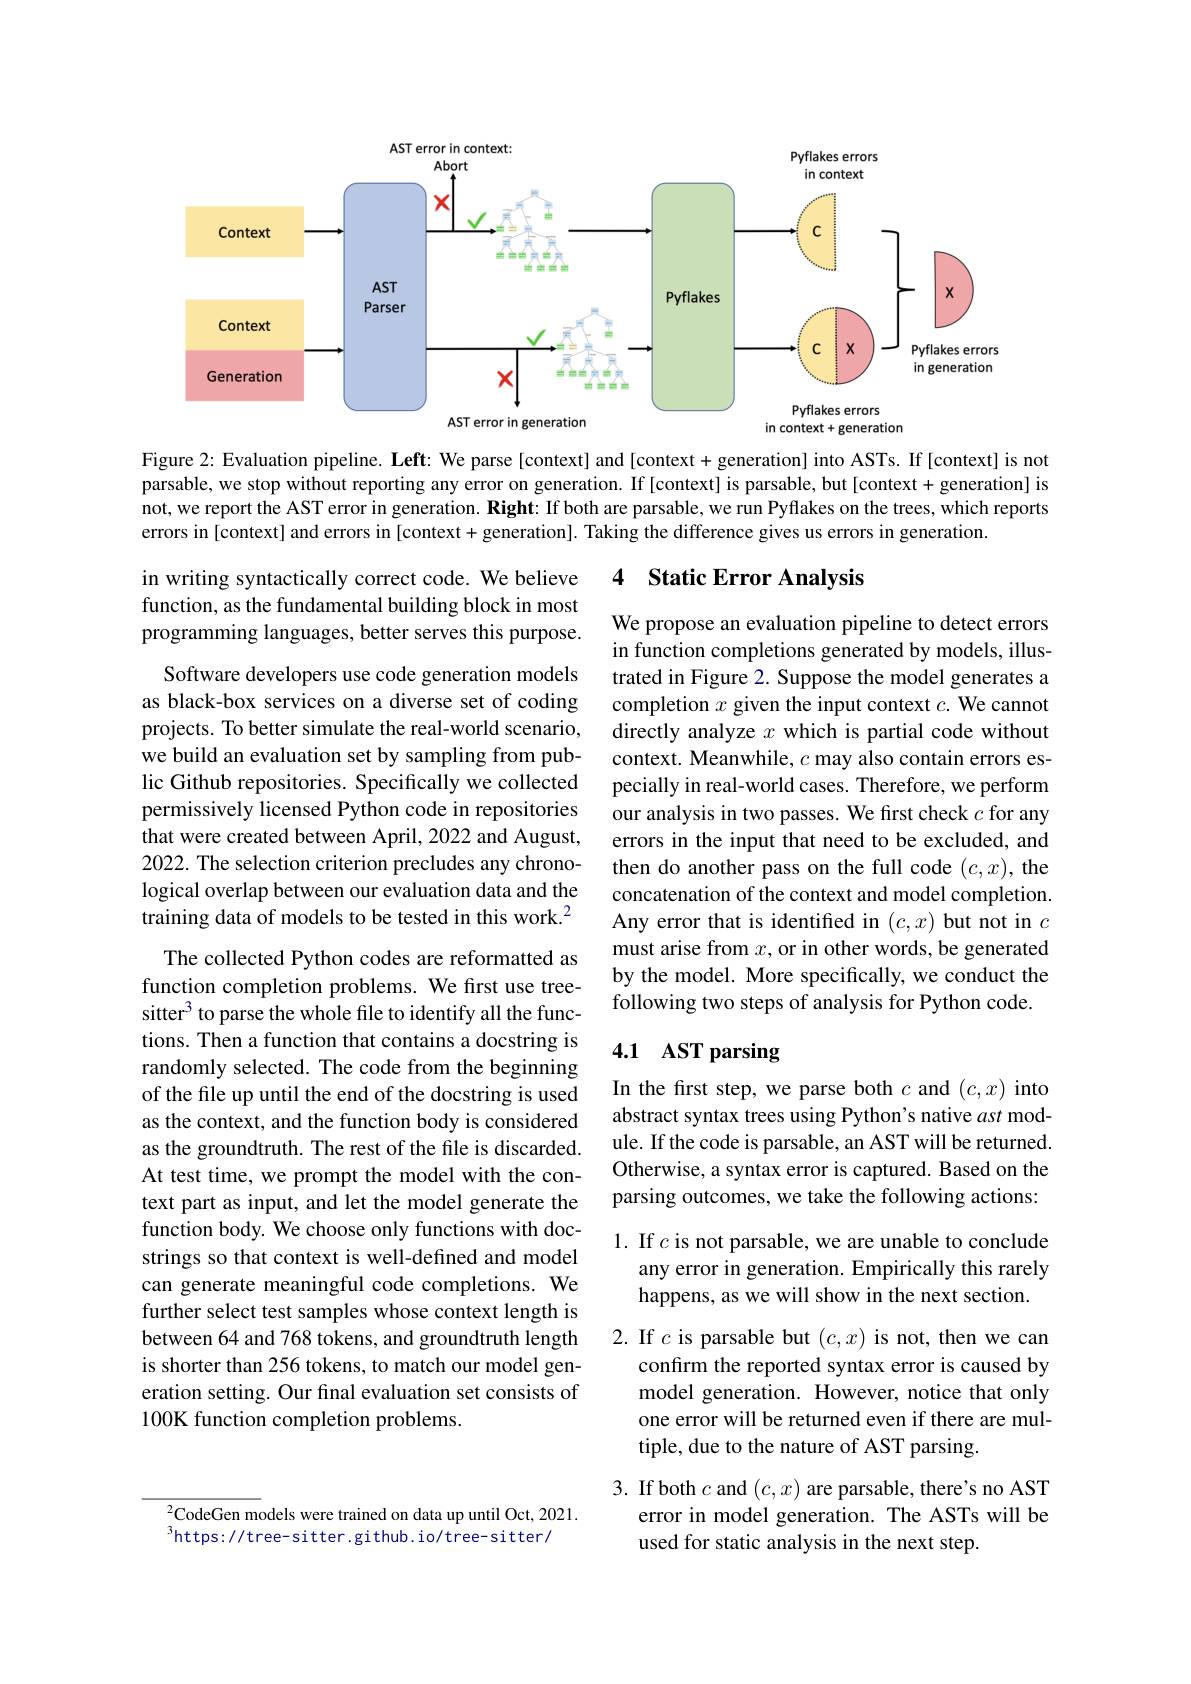
<FigureHere>

Figure 2: Evaluation pipeline. Left: We parse[context] and [context+ generation] into ASTs. If [context] is not parsable, we stop without reporting any error on generation. If [context] is parsable, but [context+ generation] is not, we report the AST error in generation. Right: If both are parsable, we run Pyflakes on the trees, which reports errors in[context] and errors in [context+ generation]. Taking the difference gives us errors in generation.

### 4 Static Error Analysis

in writing syntactically correct code. We believe function, as the fundamental building block in most programming languages, better serves this purpose.

We propose an evaluation pipeline to detect errors in function completions generated by models, illustrated in Figure 2. Suppose the model generates a completion $x$ given the input context $c.$ We cannot directly analyze $x$ which is partial code without context. Meanwhile, $c$ may also contain errors especially in real-world cases. Therefore, we perform our analysis in two passes. We first check $c$ for any errors in the input that need to be excluded, and then do another pass on the full code $(c,x)$, the concatenation of the context and model completion. Any error that is identified in $(c,x)$ but not in $c$ must arise from $x$, or in other words, be generated by the model. More specifically, we conduct the following two steps of analysis for Python code.

Software developers use code generation models as black-box services on a diverse set of coding projects. To better simulate the real-world scenario, we build an evaluation set by sampling from public Github repositories. Specifically we collected permissively licensed Python code in repositories that were created between April, 2022 and August, 2022. The selection criterion precludes any chronological overlap between our evaluation data and the training data of models to be tested in this work.$^{2}$
The collected Python codes are reformatted as function completion problems. We first use treesitter$^3$ to parse the whole file to identify all the functions. Then a function that contains a docstring is randomly selected. The code from the beginning of the file up until the end of the docstring is used as the context, and the function body is considered as the groundtruth. The rest of the file is discarded. At test time, we prompt the model with the context part as input, and let the model generate the function body. We choose only functions with docstrings so that context is well-defined and model can generate meaningful code completions. We further select test samples whose context length is between 64 and 768 tokens, and groundtruth length is shorter than 256 tokens, to match our model generation setting. Our final evaluation set consists of 100K function completion problems.

# 4.1 AST parsing

In the first step, we parse both $c$ and $(c,x)$ into abstract syntax trees using Python's native ast module. If the code is parsable, an AST will be returned. Otherwise, a syntax error is captured. Based on the parsing outcomes, we take the following actions:

1. If $c$ is not parsable, we are unable to conclude
any error in generation. Empirically this rarely
happens, as we will show in the next section.

2. If $c$ is parsable but $(c,x)$ is not, then we can
confirm the reported syntax error is caused by model generation. However, notice that only one error will be returned even if there are multiple, due to the nature of AST parsing.

3. If both $c$ and $(c,x)$ are parsable, there's no AST
error in model generation. The ASTs will be
used for static analysis in the next step.

$^{2}$CodeGen models were trained on data up until Oct, 2021.
$^{3}$https://tree-sitter.github.io/tree-sitter/